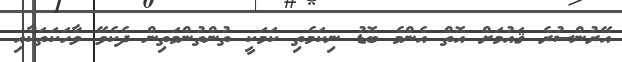
އޭރުންސުރެ ޤައުމަށް އޮތް އެންމެ ބޮޑު ނިކަމެތި ކަމަކީ ތުންތުންމަތިން ދެކެވޭ ވާހަކަތަކާއި